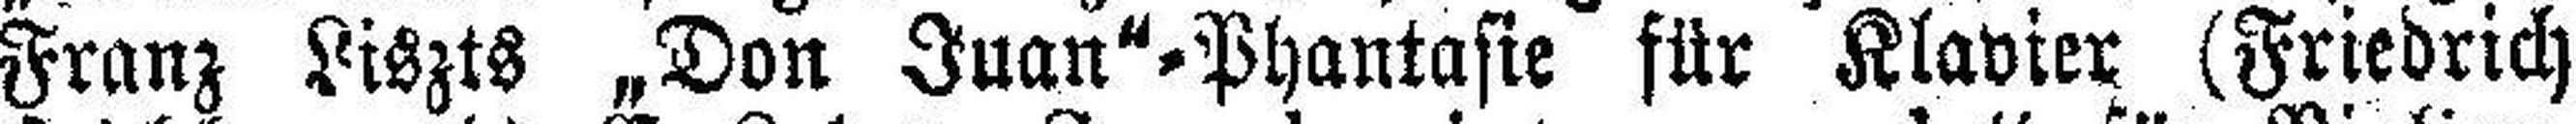
Franz Liszts „Don Juan"=Phantasie für Klavier (Friedrich